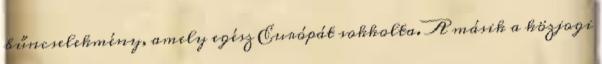
bűncselekmény, amely egész Európát sokkolta. A másik a közjogi